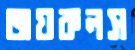
জয়কলস